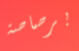
برصاصة